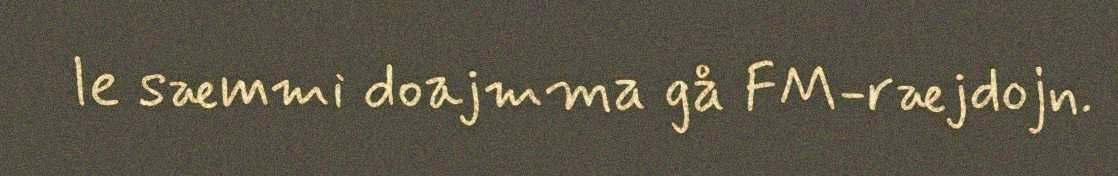
le sæmmi doajmma gå FM-ræjdojn.